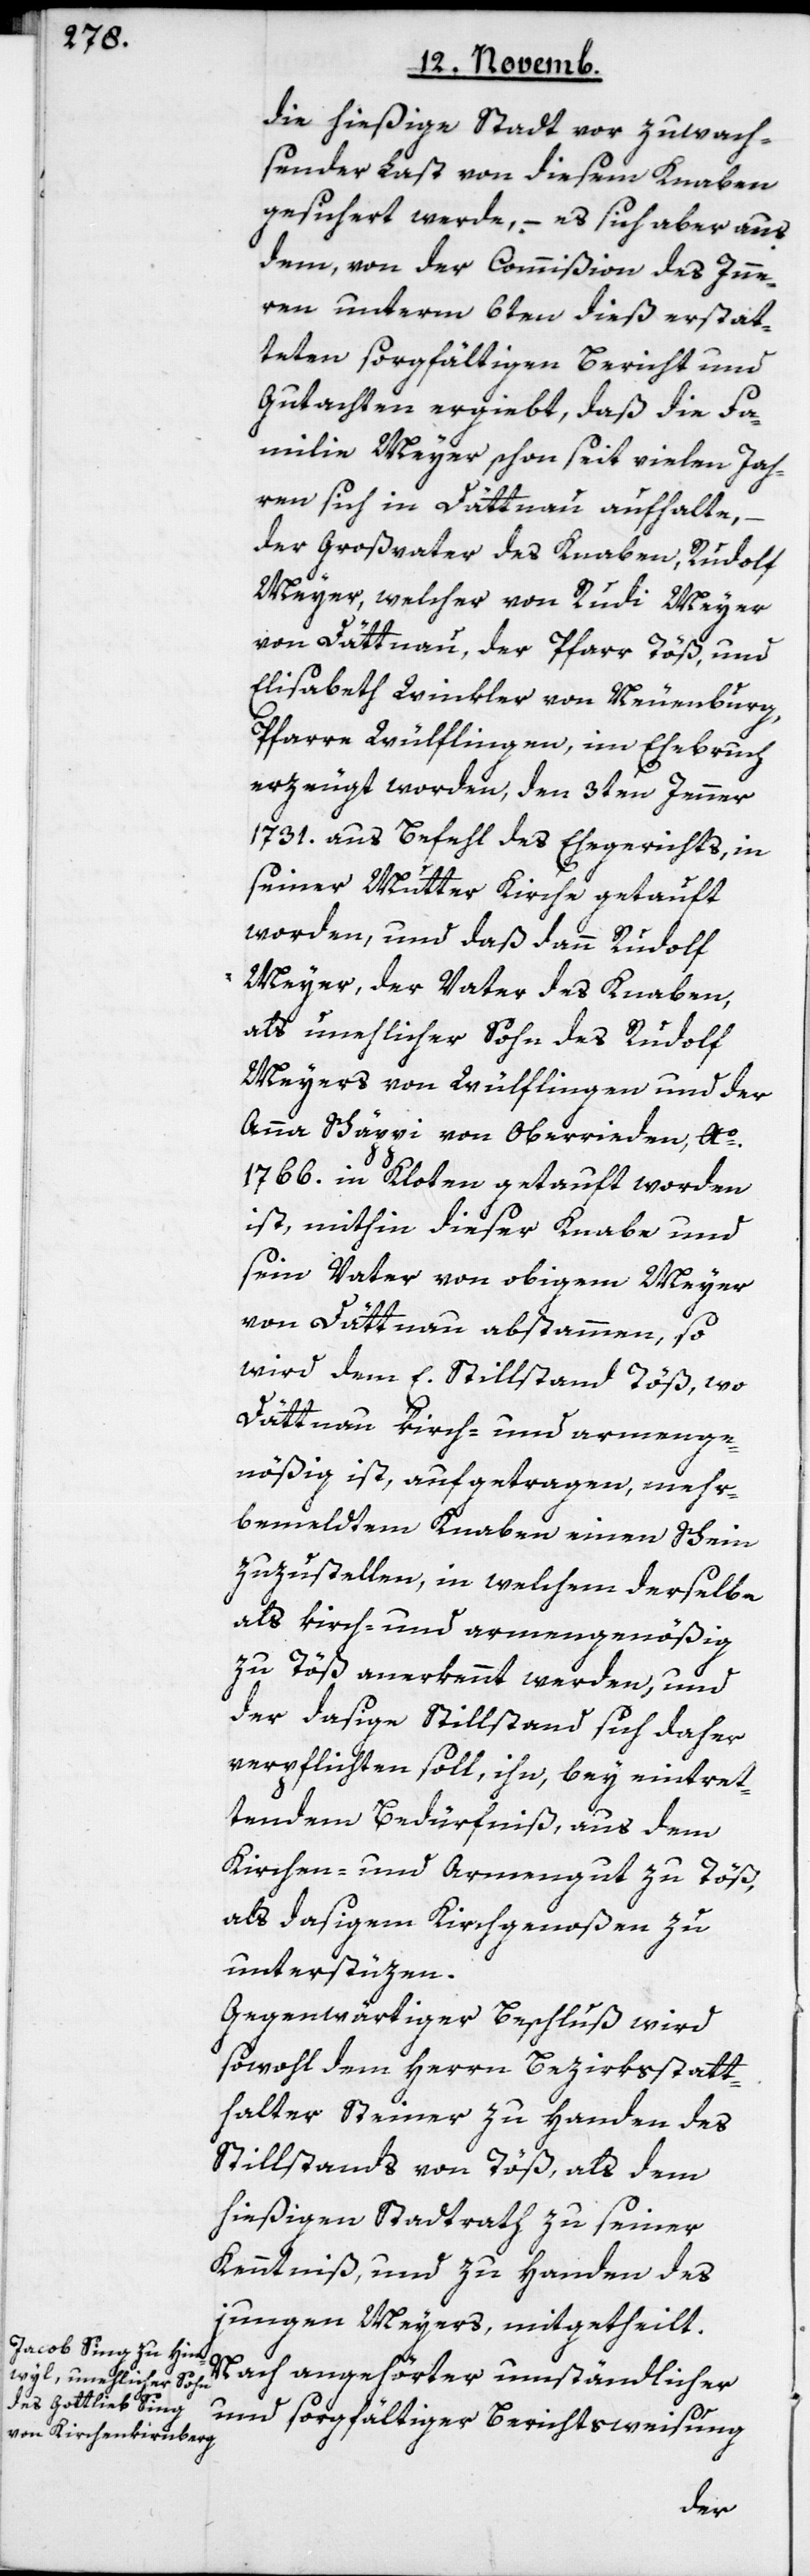
die hießige Stadt vor zuwach¬
sender Last von diesem Knaben
gesichert werde, – es sich aber aus
dem, von der Commißion des Inne¬
rn unterm 6ten dieß erstat¬
teten sorgfältigen Bericht und
Gutachten ergiebt, daß die Fa¬
milie Meyer schon seit vielen Jah¬
ren sich in Dättnau aufhalte,
der Großvater des Knaben, Rudolf
Meyer, welcher von Rudi Meyer
von Dättnau, der Pfarr Töß, und
Elisabeth Winkler von Neuenburg,
Pfarre Wülflingen, im Ehebruch
erzeugt worden, den 3ten Jenner
1731. aus Befehl des Ehegerichts, in
seiner Mutter Kirche getauft
worden, und daß dann Rudolf
Meyer, der Vater des Knaben,
als unehlicher Sohn des Rudolf
Meyers von Wülflingen und der
Anna Schäppi von Oberrieden, Ao.
1766. in Kloten getauft worden
ist, mithin dieser Knabe und
sein Vater von obigem Meyer
von Dättnau abstammen, so
wird dem E. Stillstand Töß, wo
Dättnau kirch- und armenge¬
nößig ist, aufgetragen, mehr¬
bemeldtem Knaben einen Schein
zuzustellen, in welchem derselbe
als kirch- und armengenößig
zu Töß anerkennt werden, und
der dasige Stillstand sich daher
verpflichten soll, ihn bey eintret¬
tendem Bedürfniß aus dem
Kirchen- und Armengut zu Töß,
als dasigem Kirchgenoßen zu
unterstüzen.
Gegenwärtiger Beschluß wird
sowohl dem Herrn Bezirksstatt¬
halter Steiner zu Handen des
Stillstands von Töß, als dem
hießigen Stadtrath zu seiner
Kenntniß, und zu Handen des
jungen Meyers, mitgetheilt.
Nach angehörter umständlicher
und sorgfältiger Berichtsweisung
der